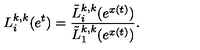
L _ { i } ^ { k , k } ( e ^ { t } ) = \frac { \tilde { L } _ { i } ^ { k , k } ( e ^ { x ( t ) } ) } { \tilde { L } _ { 1 } ^ { k , k } ( e ^ { x ( t ) } ) } .